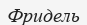
Фридель